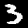
Label: 3